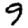
Digit: 9